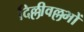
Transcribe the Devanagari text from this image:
दिल्लीवल्लभों